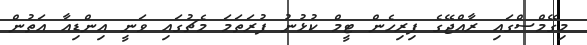
މިގޭމްސްގައި ރާއްޖޭގެ ފިރިހެން ޓީމް ކުޅުނު ފުރަތަމަ މެޗުގައި ވަނީ އިންޑިއާ އަތުން